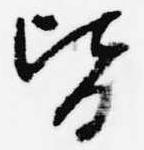
皆